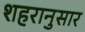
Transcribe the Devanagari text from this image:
शहरानुसार